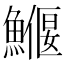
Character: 𩻖